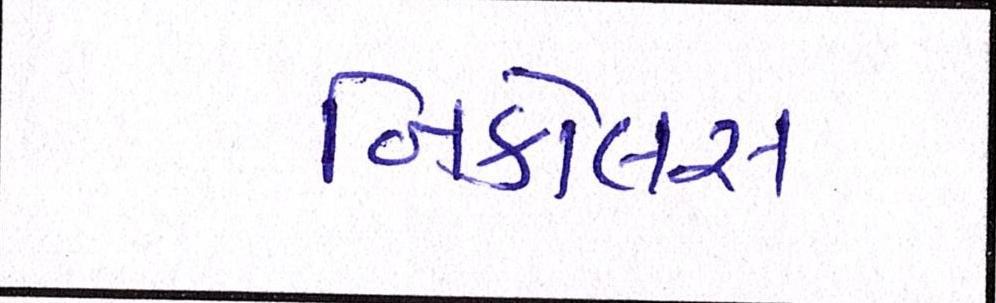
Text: નિકોલસ